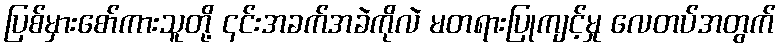
ပြစ်မှားစော်ကားသူတို့ ၎င်းအခက်အခဲကိုလဲ မတရားပြုကျင့်မှု လေတပ်အတွက်